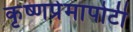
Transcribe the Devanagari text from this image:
कृष्णप्रेमापोटी